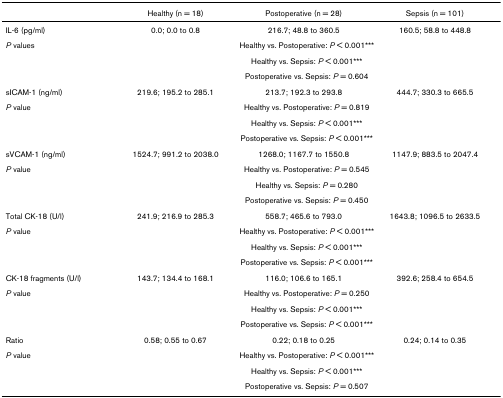
<table><thead><tr><td></td><td><b>Healthy (n = 18)</b></td><td><b>Postoperative (n = 28)</b></td><td><b>Sepsis (n = 101)</b></td></tr></thead><tbody><tr><td>IL-6 (pg/ml)</td><td>0.0; 0.0 to 0.8</td><td>216.7; 48.8 to 360.5</td><td>160.5; 58.8 to 448.8</td></tr><tr><td><i>P </i>values</td><td colspan="3">Healthy vs. Postoperative: <i>P </i>&lt; 0.001***</td></tr><tr><td></td><td colspan="3">Healthy vs. Sepsis: <i>P </i>&lt; 0.001***</td></tr><tr><td></td><td colspan="3">Postoperative vs. Sepsis: <i>P </i>= 0.604</td></tr><tr><td>sICAM-1 (ng/ml)</td><td>219.6; 195.2 to 285.1</td><td>213.7; 192.3 to 293.8</td><td>444.7; 330.3 to 665.5</td></tr><tr><td><i>P </i>value</td><td colspan="3">Healthy vs. Postoperative: <i>P </i>= 0.819</td></tr><tr><td></td><td colspan="3">Healthy vs. Sepsis: <i>P </i>&lt; 0.001***</td></tr><tr><td></td><td colspan="3">Postoperative vs. Sepsis: <i>P </i>&lt; 0.001***</td></tr><tr><td>sVCAM-1 (ng/ml)</td><td>1524.7; 991.2 to 2038.0</td><td>1268.0; 1167.7 to 1550.8</td><td>1147.9; 883.5 to 2047.4</td></tr><tr><td><i>P </i>value</td><td colspan="3">Healthy vs. Postoperative: <i>P </i>= 0.545</td></tr><tr><td></td><td colspan="3">Healthy vs. Sepsis: <i>P </i>= 0.280</td></tr><tr><td></td><td colspan="3">Postoperative vs. Sepsis: <i>P </i>= 0.450</td></tr><tr><td>Total CK-18 (U/l)</td><td>241.9; 216.9 to 285.3</td><td>558.7; 465.6 to 793.0</td><td>1643.8; 1096.5 to 2633.5</td></tr><tr><td><i>P </i>value</td><td colspan="3">Healthy vs. Postoperative: <i>P </i>&lt; 0.001***</td></tr><tr><td></td><td colspan="3">Healthy vs. Sepsis: <i>P </i>&lt; 0.001***</td></tr><tr><td></td><td colspan="3">Postoperative vs. Sepsis: <i>P </i>&lt; 0.001***</td></tr><tr><td>CK-18 fragments (U/l)</td><td>143.7; 134.4 to 168.1</td><td>116.0; 106.6 to 165.1</td><td>392.6; 258.4 to 654.5</td></tr><tr><td><i>P </i>value</td><td colspan="3">Healthy vs. Postoperative: <i>P </i>= 0.250</td></tr><tr><td></td><td colspan="3">Healthy vs. Sepsis: <i>P </i>&lt; 0.001***</td></tr><tr><td></td><td colspan="3">Postoperative vs. Sepsis: <i>P </i>&lt; 0.001***</td></tr><tr><td>Ratio</td><td>0.58; 0.55 to 0.67</td><td>0.22; 0.18 to 0.25</td><td>0.24; 0.14 to 0.35</td></tr><tr><td><i>P </i>value</td><td colspan="3">Healthy vs. Postoperative: <i>P </i>&lt; 0.001***</td></tr><tr><td></td><td colspan="3">Healthy vs. Sepsis: <i>P </i>&lt; 0.001***</td></tr><tr><td></td><td colspan="3">Postoperative vs. Sepsis: <i>P </i>= 0.507</td></tr></tbody></table>